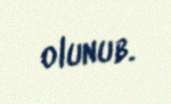
olunub.